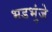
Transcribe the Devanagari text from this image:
भडभुंजे